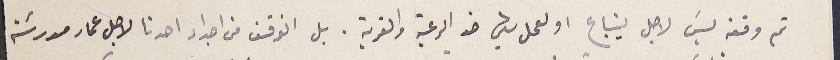
تم وقفه ليسَ لاجل ينباع او لعمل شي ضد الرعية والقرية. بل الواقف من اجداد احدنا لاجل عمار مدرسَة